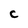
Character: C